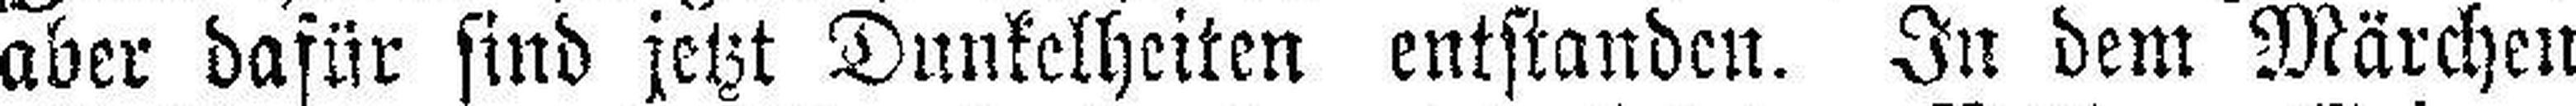
aber dafür sind jetzt Dunkelheiten entstanden. In dem Märchen